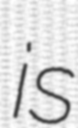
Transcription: is